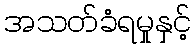
အသတ်ခံရမှုနှင့်